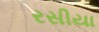
રસીયા